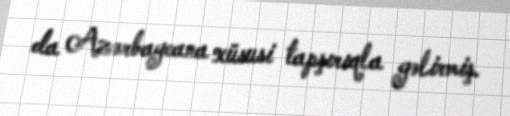
da Azərbaycana xüsusi tapşırıqla gəlirmiş.